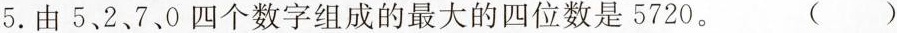
5.由5、2、7、0四个数字组成的最大的四位数是5720。 ()